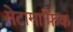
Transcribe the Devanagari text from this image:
मेटामार्फ़िक